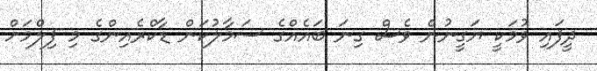
ދީފައި ވުމަކީ ޔަގީނުން ވެސް ގިނަ ބައެއްގެ ސަމާލުކަން ޑާކްރެއިންގެ މި ފިލްމަށް